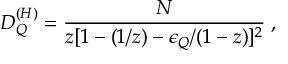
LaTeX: D _ { Q } ^ { ( H ) } = \frac { N } { z [ 1 - ( 1 / z ) - \epsilon _ { Q } / ( 1 - z ) ] ^ { 2 } } \; ,